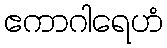
ဧကာဂါရေဟံ